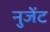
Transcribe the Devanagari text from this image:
नुजेंट